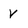
Character: v